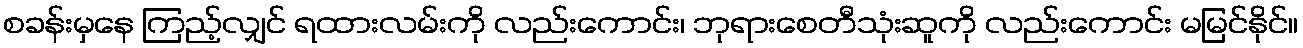
စခန်းမှနေ ကြည့်လျှင် ရထားလမ်းကို လည်းကောင်း၊ ဘုရားစေတီသုံးဆူကို လည်းကောင်း မမြင်နိုင်။